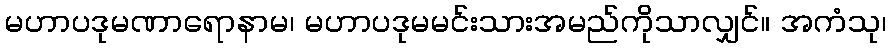
မဟာပဒုမဏာရောနာမ၊ မဟာပဒုမမင်းသားအမည်ကိုသာလျှင်။ အကံသု၊